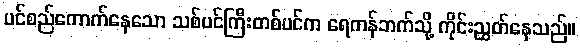
ပင်စည်ကောက်နေသော သစ်ပင်ကြီးတစ်ပင်က ရေကန်ဘက်သို့ ကိုင်းညွှတ်နေသည်။